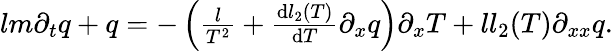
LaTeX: \begin{array}{r}{lm\partial_{t}q+q=-\left(\frac{l}{T^{2}}+\frac{\textrm{d}l_{2}(T)}{\textrm{d}T}\partial_{x}q\right)\partial_{x}T+ll_{2}(T)\partial_{xx}q.}\end{array}